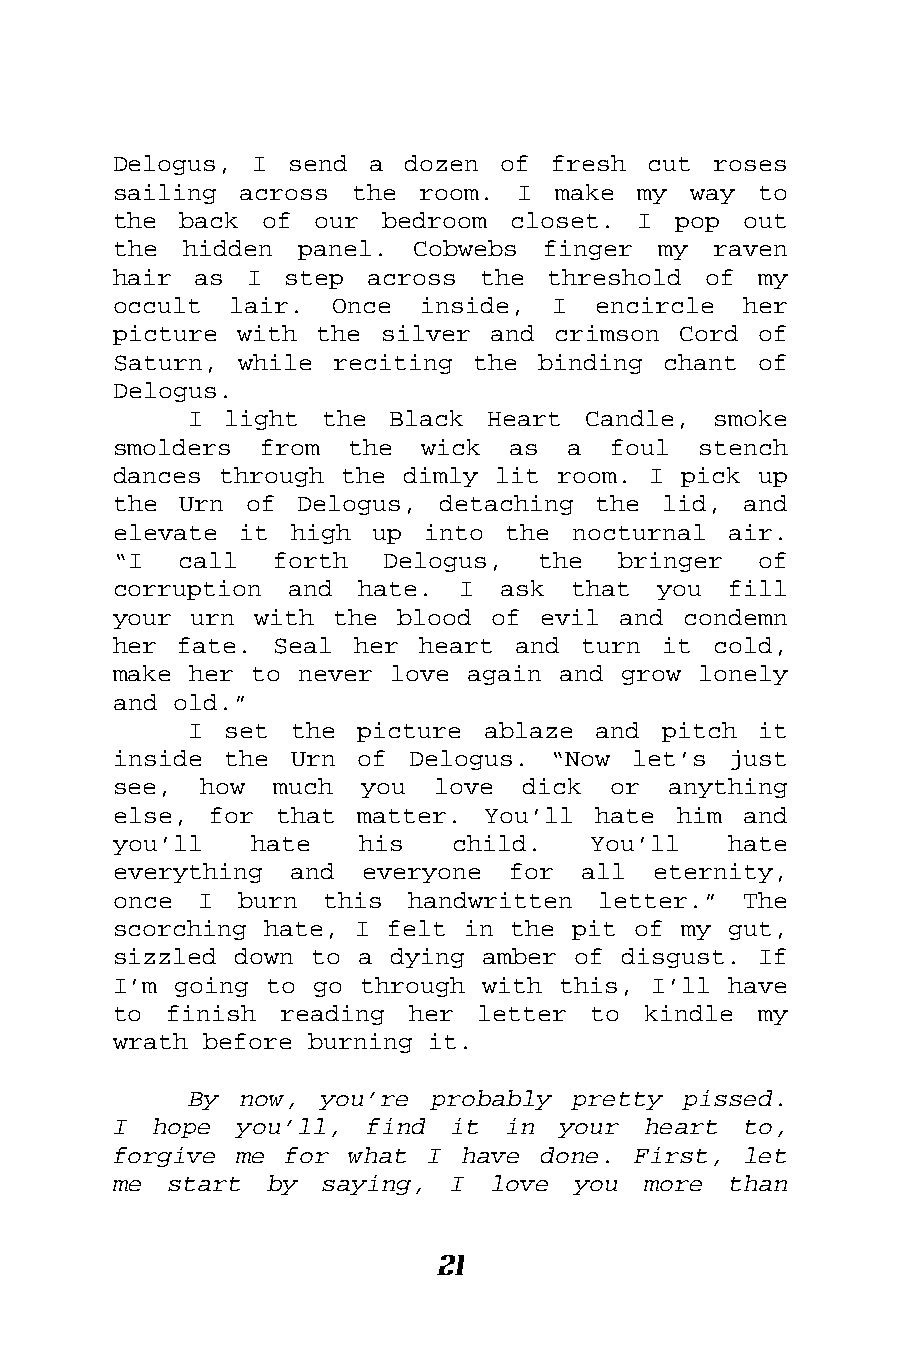
Delogus, I  send a dozen  of fresh cut  roses
 sailing across  the room.  I make  my way  to
 the back  of our  bedroom closet.  I pop  out
 the hidden  panel.  Cobwebs finger  my  raven
 hair as  I step  across the  threshold of  my
 occult  lair. Once  inside,  I  encircle  her
 picture with the  silver and crimson Cord  of
 Saturn, while reciting  the binding chant  of
 Delogus.
 I light  the Black  Heart Candle,  smoke
 smolders  from the  wick  as  a  foul  stench
 dances through the dimly lit room. I pick  up
 the Urn  of Delogus, detaching  the lid,  and
 elevate it  high up into  the nocturnal  air.
 “I  call  forth   Delogus,  the  bringer   of
 corruption and  hate.  I  ask that  you  fill
 your urn with  the blood of evil and  condemn
 her fate.  Seal her heart  and turn it  cold,
 make her to never love again and grow  lonely
 and old.”
 I set  the picture ablaze  and pitch  it
 inside the  Urn of Delogus.  “Now let’s  just
 see,  how  much you  love  dick  or  anything
 else, for  that matter. You’ll  hate him  and
 you’ll   hate   his   child.   You’ll    hate
 everything  and everyone  for  all  eternity,
 once I  burn  this handwritten  letter.”  The
 scorching hate, I felt in the pit of my  gut,
 sizzled down to a dying amber of disgust.  If
 I’m going to go through with this, I’ll  have
 to finish  reading her  letter  to kindle  my
 wrath before burning it.
 By now,  you’re probably pretty  pissed.
 I hope  you’ll,  find it  in your  heart  to,
 forgive me for  what I have done. First,  let
 me start  by  saying, I  love you  more  than
 21